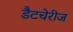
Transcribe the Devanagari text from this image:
डैटचेरीज